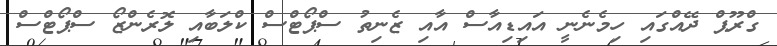
ގްރޫޕް ދޭއްގައި ހިމެނެނީ އައިޑިއާސް އާއި ޒެނިތު ސްޕޯޓްސް ކްލަބާއި ލޮރެންޒޯ ސްޕޯޓްސް